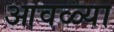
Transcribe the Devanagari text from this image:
आवळ्या